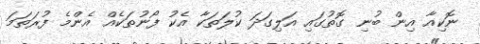
ނޮކިއާ އިން ބުނި ގޮތުގައި އަލިގަދަ ކުލަތަކާ އެކު ފޯނުތަކެއް އެންމެ ފުރަތަމަ